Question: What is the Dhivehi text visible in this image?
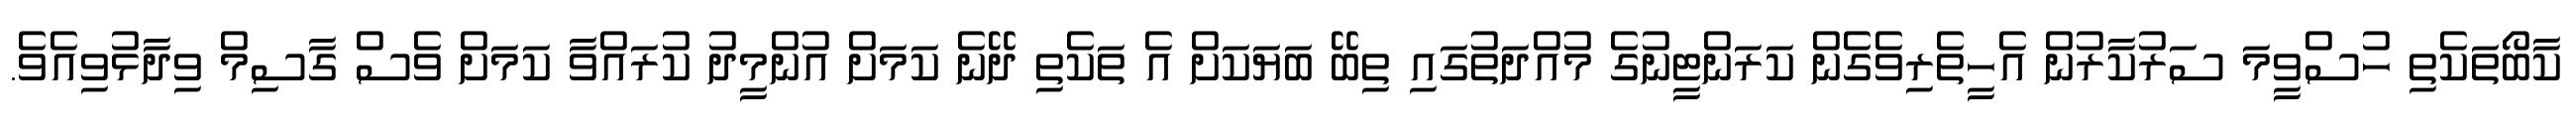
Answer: ކާބޯތަކެތި ހުސްވީމަ ސަރުކާރުން އެހީތެރިވެގެން ކަރަންޓީނުގެ މުއްދަތުގައި ތިބޭ ބަޔަކަށް އެ ތަކެތި ދޭނެ ކަމަށް އުންމީދު ކުރައްވާ ކަމަށް ވެސް ގާސިމް ވިދާޅުވިއެވެ.